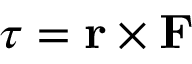
{ \boldsymbol { \tau } } = \mathbf { r } \times \mathbf { F }